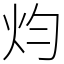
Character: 𤆥